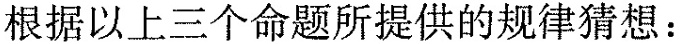
根据以上三个命题所提供的规律猜想：